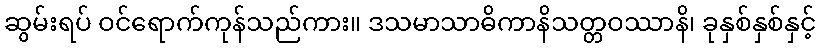
ဆွမ်းရပ် ဝင်ရောက်ကုန်သည်ကား။ ဒသမာသာဓိကာနိသတ္တဝဿာနိ၊ ခုနှစ်နှစ်နှင့်